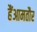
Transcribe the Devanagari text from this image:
हैंआमतौर